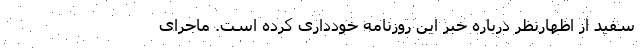
سفید از اظهار‌نظر درباره خبر این روزنامه خودداری کرده است. ماجرای